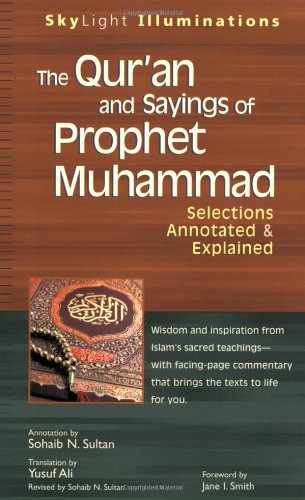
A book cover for The Qur'an and Sayings of Prophet Muhammad: Selections Annotated & Explained (SkyLight Illuminations); Religion & Spirituality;